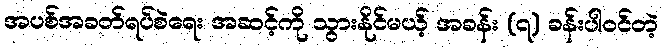
အပစ်အခတ်ရပ်စဲရေး အဆင့်ကို သွားနိုင်မယ့် အခန်း (၇) ခန်းပါဝင်တဲ့